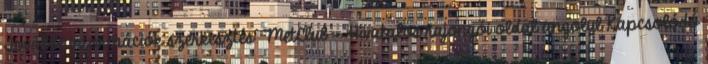
További információk szerkesztés MetClub – Hivatalos rajongói oldal angolul Kapcsolódó